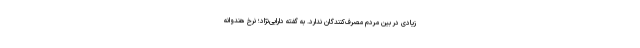
زیادی در بین مردم مصرف‌کنندگان ندارد. به گفته دارایی‌نژاد؛ نرخ هندوانه